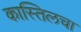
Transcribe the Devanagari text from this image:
कास्तिलचा